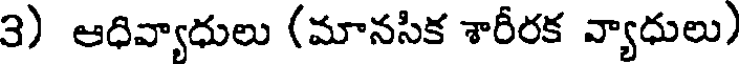
3) ఆధివ్యాధులు (మానసిక శారీరక వ్యాధులు)